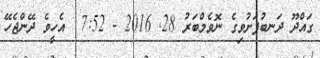
ގައްދޫ ދަނބުފަށުވިގެ ނޮވެމްބަރު 28